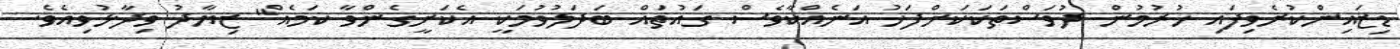
ޑިޒައިންކުރެވިފައި ހުރުމުން ދުވަސްތަކަކަށްފަހު އަނެއްކާވެސް ގައުތައް ބަދަލުވުމަކީ އެކަށީގެންވާ ކަމެއް" ޒިޔާދު ވިދާޅުވިއެވެ.